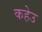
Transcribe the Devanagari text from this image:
कहेउ